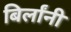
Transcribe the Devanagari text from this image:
बिर्लांनी